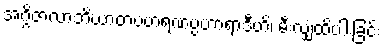
အဂ္ဂိဇာလာဘိဃာတပဟရဏပ္ပဟာရာဒီဟိ၊ မီးလျှံထိပါးခြင်း